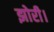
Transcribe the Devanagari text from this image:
झोरी।